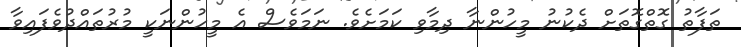
ތަފާތު ގޮތްގޮތަށް ދެކުނު މީހުންނާ ދިމާވި ކަމަށެވެ. ނަމަވެސް އެ މީހުންނަކީ މުރުތައްދުވެފައިވާ